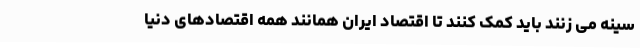
سینه می زنند باید کمک کنند تا اقتصاد ایران همانند همه اقتصادهای دنیا